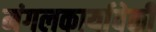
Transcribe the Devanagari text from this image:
मंगलकार्यावेळी